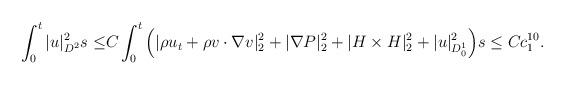
LaTeX: \begin{align*}\int_{0}^{t} |u|^2_{D^2}s\leq&C \int_{0}^{t}\Big(|\rho u_t+\rho v\cdot \nabla v|^2_2+|\nabla P|^2_2+|H\times H|^2_2+|u|^2_{D^1_0} \Big)s\leq Cc^{10}_1.\end{align*}